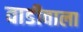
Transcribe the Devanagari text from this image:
वाडीवाला